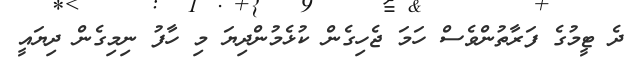
ދެ ޓީމުގެ ފަރާތުންވެސް ހަމަ ޖެހިގެން ކުޅެމުންދިޔަ މި ހާފު ނިމިގެން ދިޔައީ